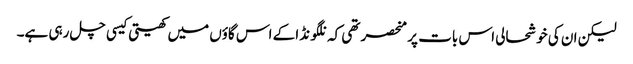
لیکن ان کی خوشحالی اس بات پر منحصر تھی کہ نلگونڈا کے اس گاؤں میں کھیتی کیسی چل رہی ہے۔